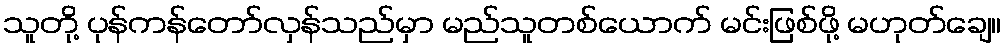
သူတို့ ပုန်ကန်တော်လှန်သည်မှာ မည်သူတစ်ယောက် မင်းဖြစ်ဖို့ မဟုတ်ချေ။